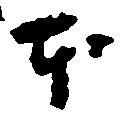
本